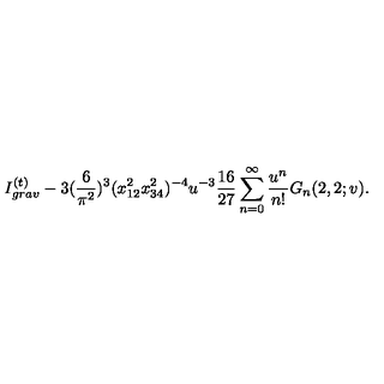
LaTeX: I _ { g r a v } ^ { ( t ) } - 3 ( \frac { 6 } { \pi ^ { 2 } } ) ^ { 3 } ( x _ { 1 2 } ^ { 2 } x _ { 3 4 } ^ { 2 } ) ^ { - 4 } u ^ { - 3 } \frac { 1 6 } { 2 7 } \sum _ { n = 0 } ^ { \infty } \frac { u ^ { n } } { n ! } G _ { n } ( 2 , 2 ; v ) .